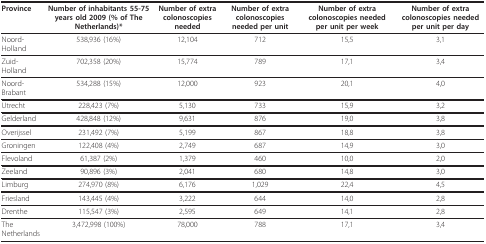
<table><thead><tr><td><b>Province</b></td><td><b>Number of inhabitants 55-75 years old 2009 (% of The Netherlands)*</b></td><td><b>Number of extra colonoscopies needed</b></td><td><b>Number of extra colonoscopies needed per unit</b></td><td><b>Number of extra colonoscopies needed per unit per week</b></td><td><b>Number of extra colonoscopies needed per unit per day</b></td></tr></thead><tbody><tr><td>Noord-Holland</td><td>538,936 (16%)</td><td>12,104</td><td>712</td><td>15,5</td><td>3,1</td></tr><tr><td>Zuid-Holland</td><td>702,358 (20%)</td><td>15,774</td><td>789</td><td>17,1</td><td>3,4</td></tr><tr><td>Noord-Brabant</td><td>534,288 (15%)</td><td>12,000</td><td>923</td><td>20,1</td><td>4,0</td></tr><tr><td>Utrecht</td><td>228,423 (7%)</td><td>5,130</td><td>733</td><td>15,9</td><td>3,2</td></tr><tr><td>Gelderland</td><td>428,848 (12%)</td><td>9,631</td><td>876</td><td>19,0</td><td>3,8</td></tr><tr><td>Overijssel</td><td>231,492 (7%)</td><td>5,199</td><td>867</td><td>18,8</td><td>3,8</td></tr><tr><td>Groningen</td><td>122,408 (4%)</td><td>2,749</td><td>687</td><td>14,9</td><td>3,0</td></tr><tr><td>Flevoland</td><td>61,387 (2%)</td><td>1,379</td><td>460</td><td>10,0</td><td>2,0</td></tr><tr><td>Zeeland</td><td>90,896 (3%)</td><td>2,041</td><td>680</td><td>14,8</td><td>3,0</td></tr><tr><td>Limburg</td><td>274,970 (8%)</td><td>6,176</td><td>1,029</td><td>22,4</td><td>4,5</td></tr><tr><td>Friesland</td><td>143,445 (4%)</td><td>3,222</td><td>644</td><td>14,0</td><td>2,8</td></tr><tr><td>Drenthe</td><td>115,547 (3%)</td><td>2,595</td><td>649</td><td>14,1</td><td>2,8</td></tr><tr><td>The Netherlands</td><td>3,472,998 (100%)</td><td>78,000</td><td>788</td><td>17,1</td><td>3,4</td></tr></tbody></table>